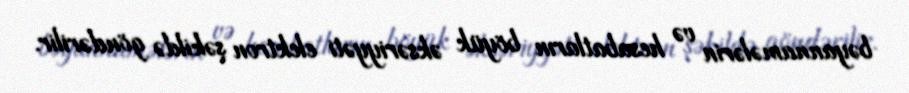
bəyannamələrin və hesabatların böyük əksəriyyəti elektron şəkildə göndərilir.